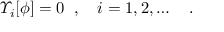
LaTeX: \varUpsilon _ { i } [ \phi ] = 0 \; \; , \quad i = 1 , 2 , \ldots \quad .